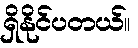
ရှိနိုင်ပတယ်။